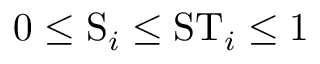
0 \leq \mathrm { S } _ { i } \leq \mathrm { S T } _ { i } \leq 1